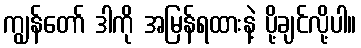
ကျွန်တော် ဒါကို အမြန်ရထားနဲ့ ပို့ချင်လို့ပါ။